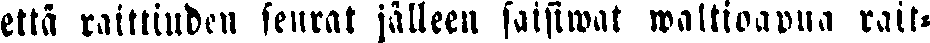
että raittiuden seurat jälleen saisiwat waltioapua rait-